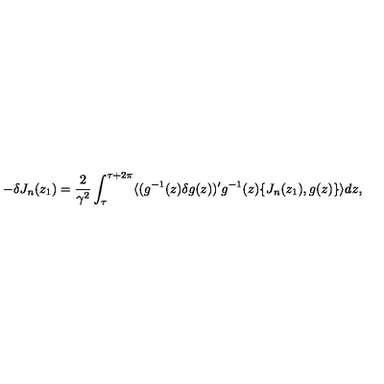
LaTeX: - \delta J _ { n } ( z _ { 1 } ) = \frac { 2 } { \gamma ^ { 2 } } \int _ { \tau } ^ { \tau + 2 \pi } \langle ( g ^ { - 1 } ( z ) \delta g ( z ) ) ^ { \prime } g ^ { - 1 } ( z ) \{ J _ { n } ( z _ { 1 } ) , g ( z ) \} \rangle d z ,